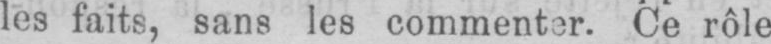
les faits, sans les commenter. Ce rôle